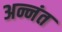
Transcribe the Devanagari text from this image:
अन्नंत